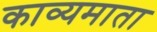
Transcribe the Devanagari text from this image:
काव्यमाता